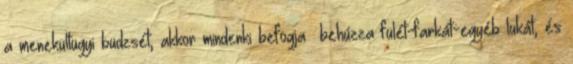
a menekültügyi büdzsét, akkor mindenki befogja behúzza fülét-farkát-egyéb lukát, és